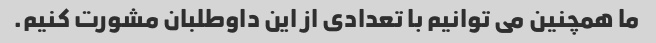
ما همچنین می توانیم با تعدادی از این داوطلبان مشورت کنیم.